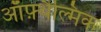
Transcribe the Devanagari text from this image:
ऑफ़्थैल्मिक